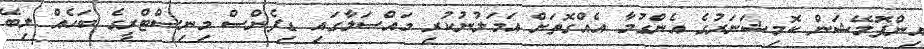
އިންފޮމޭޝަން ކޮމިޝަނަރުގެ އެންގުމާ އެއްގޮތަށް އަމަލުނުކުރި މައްސަލާގައި ޑިފެންސް މިނިސްޓްރީގެ ބަހެއް ލިބޭ